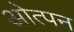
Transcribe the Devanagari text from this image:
ओत्पन